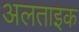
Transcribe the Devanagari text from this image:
अलताइक